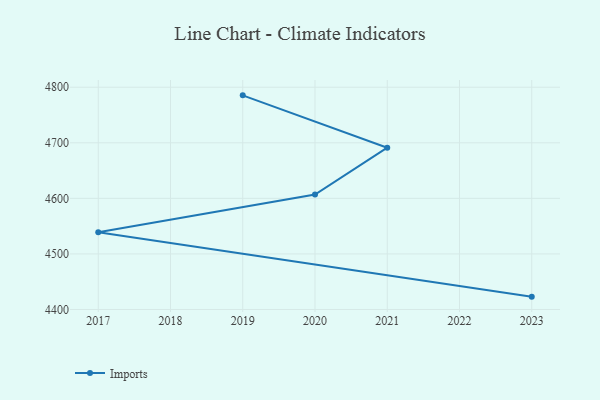
{"axis": {"x": "Year", "y": "Satisfaction Score"}, "legend": ["Imports"], "data": [{"x": "2019", "y": 4785.4, "type": "Imports"}, {"x": "2021", "y": 4691.2, "type": "Imports"}, {"x": "2020", "y": 4607.0, "type": "Imports"}, {"x": "2017", "y": 4538.9, "type": "Imports"}, {"x": "2023", "y": 4423.1, "type": "Imports"}]}